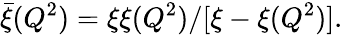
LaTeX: \bar{\xi}(Q^{2})={\xi\xi(Q^{2})}/[{\xi-\xi(Q^{2})}].